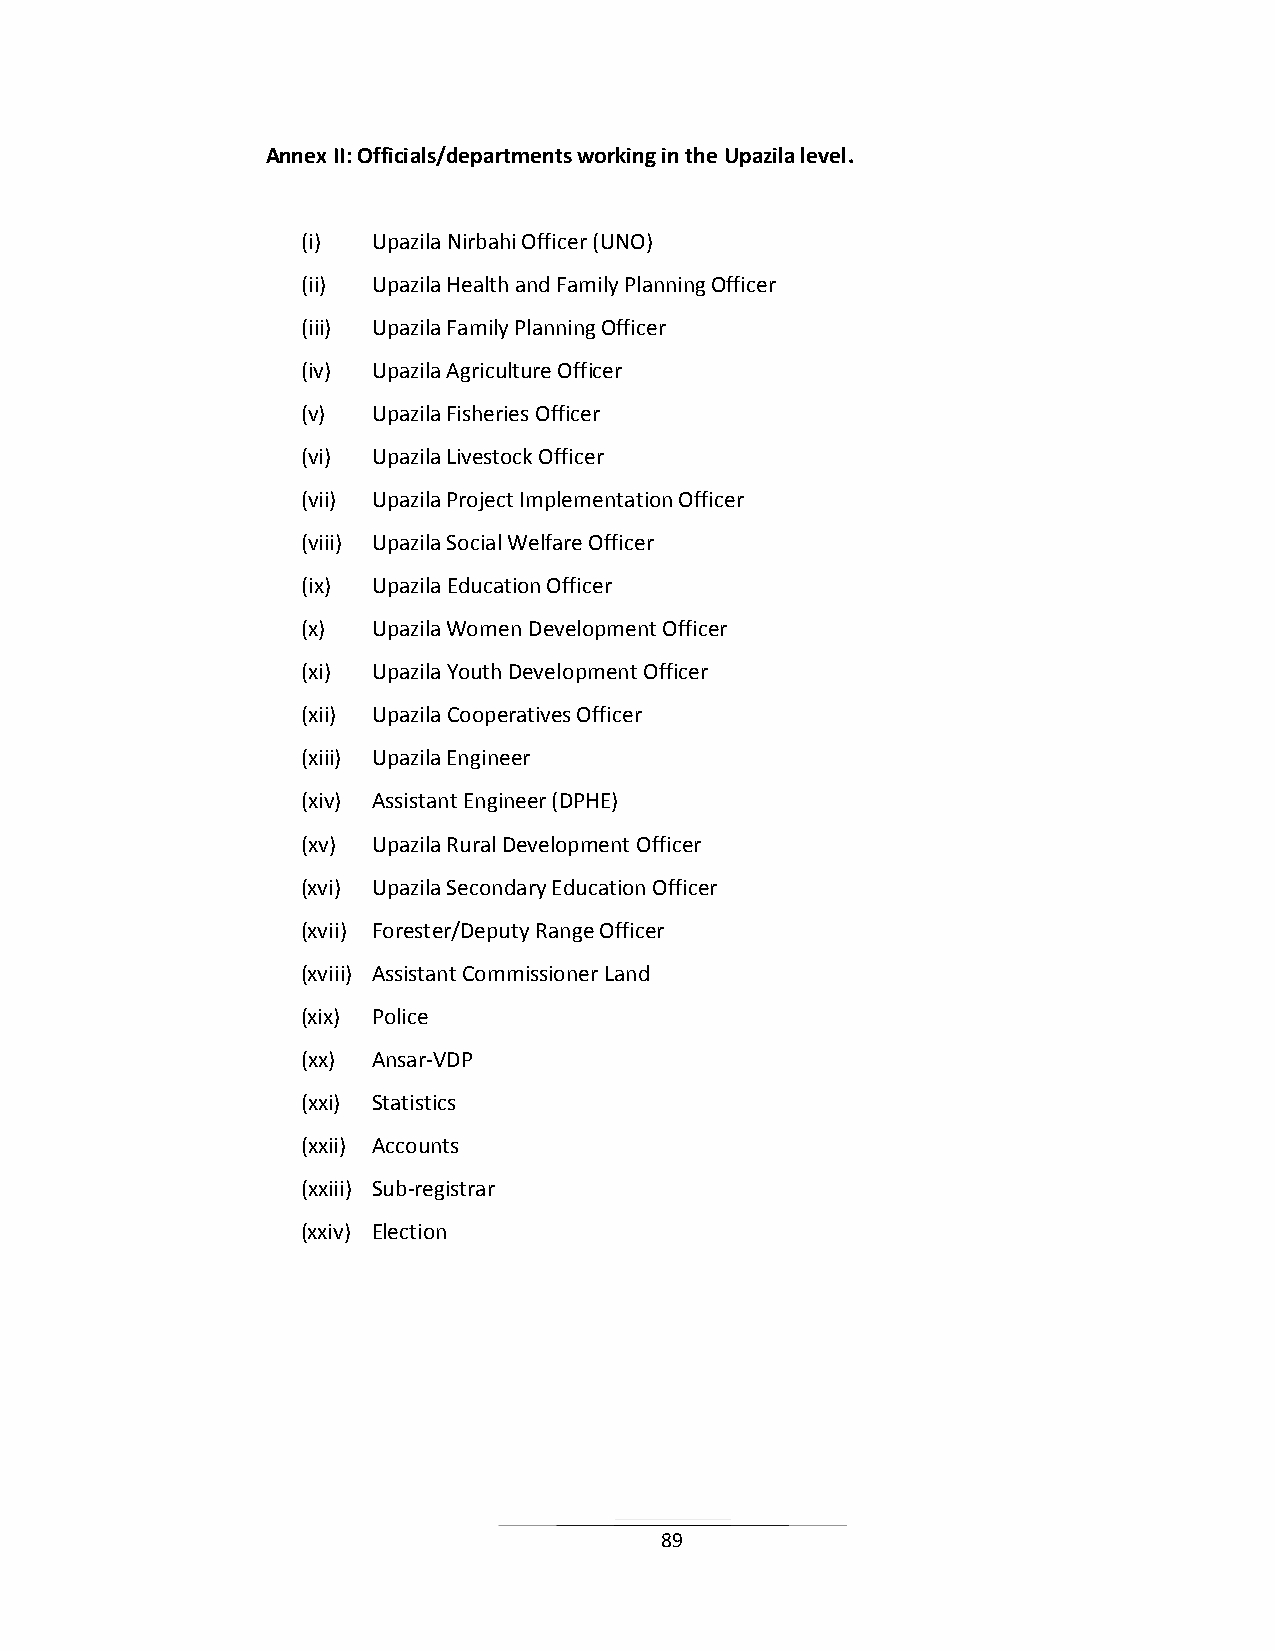
Annex II: Officials/departments working in the Upazila level.
 (i)  Upazila Nirbahi Officer (UNO)
 (ii) Upazila Health and Family Planning Officer
 (iii) Upazila Family Planning Officer
 (iv) Upazila Agriculture Officer
 (v)  Upazila Fisheries Officer
 (vi) Upazila Livestock Officer
 (vii) Upazila Project Implementation Officer
 (viii) Upazila Social Welfare Officer
 (ix) Upazila Education Officer
 (x)  Upazila Women Development Officer
 (xi) Upazila Youth Development Officer
 (xii) Upazila Cooperatives Officer
 (xiii) Upazila Engineer
 (xiv) Assistant Engineer (DPHE)
 (xv) Upazila Rural Development Officer
 (xvi) Upazila Secondary Education Officer
 (xvii) Forester/Deputy Range Officer
 (xviii) Assistant Commissioner Land
 (xix) Police
 (xx) Ansar-VDP
 (xxi) Statistics
 (xxii) Accounts
 (xxiii) Sub-registrar
 (xxiv) Election
 89